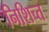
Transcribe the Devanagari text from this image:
निशिच्त